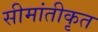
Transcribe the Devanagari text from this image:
सीमांतीकृत